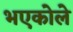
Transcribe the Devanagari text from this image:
भएकोले